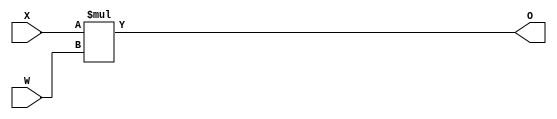
`timescale 1ns / 1ps
//////////////////////////////////////////////////////////////////////////////////
// Company: 
// Engineer: 
// 
// Design Name: 
// Module Name: Mult
// Project Name: 
// Target Devices: 
// Tool Versions: 
// Description: 
// 
// Dependencies: 
// 
// Revision:
// Revision 0.01 - File Created
// Additional Comments:
// 
//////////////////////////////////////////////////////////////////////////////////


module Mult(
input signed [7:0]X,
input signed [7:0]W,
output signed [15:0]O
    );
    assign O= X*W;
endmodule